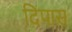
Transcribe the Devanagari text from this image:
दिपास